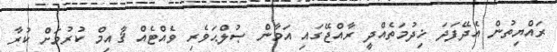
ރައްޔިތުން އެދޭފަދަ ޚިދުމަތެއްދީ ރާއްޖޭގައި އަމާން ޞުލްޙަވެރި ވެއްޓެއް ޤާއިމް ކުރުމަށް ކުރާ